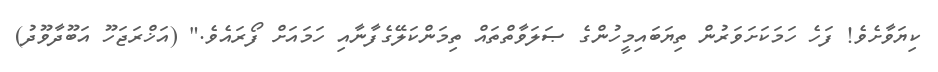
ކިޔަވާށެވެ! ފަހެ ހަމަކަށަވަރުން ތިޔަބައިމީހުންގެ ޞަލަވާތްތައް ތިމަންކަލޭގެފާނާއި ހަމައަށް ފޯރައެވެ." (އަޚްރަޖަހޫ އަބޫދާވޫދު)